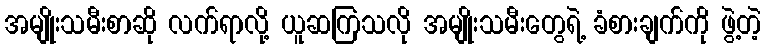
အမျိုးသမီးစာဆို လက်ရာလို့ ယူဆကြသလို အမျိုးသမီးတွေရဲ့ ခံစားချက်ကို ဖွဲ့တဲ့